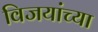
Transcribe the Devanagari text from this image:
विजयांच्या